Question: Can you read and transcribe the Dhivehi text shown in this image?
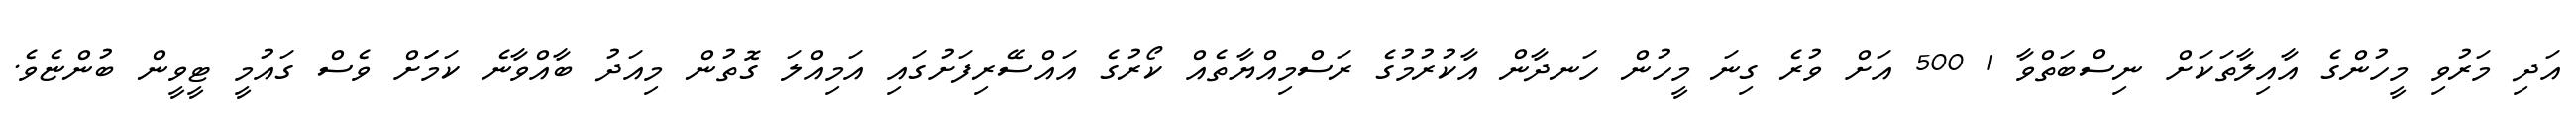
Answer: އަދި މަރުވި މީހުންގެ އާއިލާތަކަށް ނިސްބަތްވާ 1 500 އަށް ވުރެ ގިނަ މީހުން ހަނދާން އާކުރުމުގެ ރަސްމިއްޔާތެއް ކޯރުގެ އައްސޭރިފަށުގައި އަމިއްލަ ގޮތުން މިއަދު ބާއްވާނެ ކަމަަށް ވެސް ގައުމީ ޓީވީން ބުންޏެވެ.